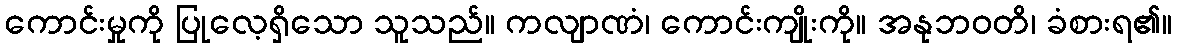
ကောင်းမှုကို ပြုလေ့ရှိသော သူသည်။ ကလျာဏံ၊ ကောင်းကျိုးကို။ အနုဘဝတိ၊ ခံစားရ၏။